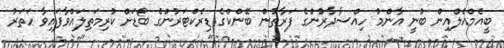
ބީއެމްއެލްއިން ބުނީ އާންމު ހިއްސާދާރުންގެ ފަރާތުން ބޭންކްގެ ޑިރެކްޓަރުންގެ ބޯޑަށް ކުރިމަތިލައްވާފައިވާ ހަތަރު